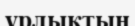
ұрлықтың